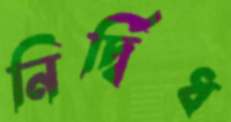
নির্দ্বিধ